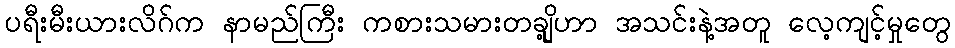
ပရီးမီးယားလိဂ်က နာမည်ကြီး ကစားသမားတချို့ဟာ အသင်းနဲ့အတူ လေ့ကျင့်မှုတွေ